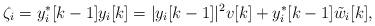
LaTeX: \begin{align*}\zeta_i= y_i^*[k-1]y_i[k]= |y_i[k-1]|^2 v[k]+ y_i^*[k-1] \tilde{w}_i[k],\end{align*}